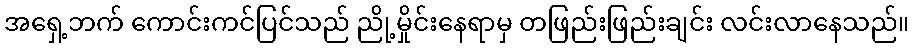
အရှေ့ဘက် ကောင်းကင်ပြင်သည် ညို့မှိုင်းနေရာမှ တဖြည်းဖြည်းချင်း လင်းလာနေသည်။